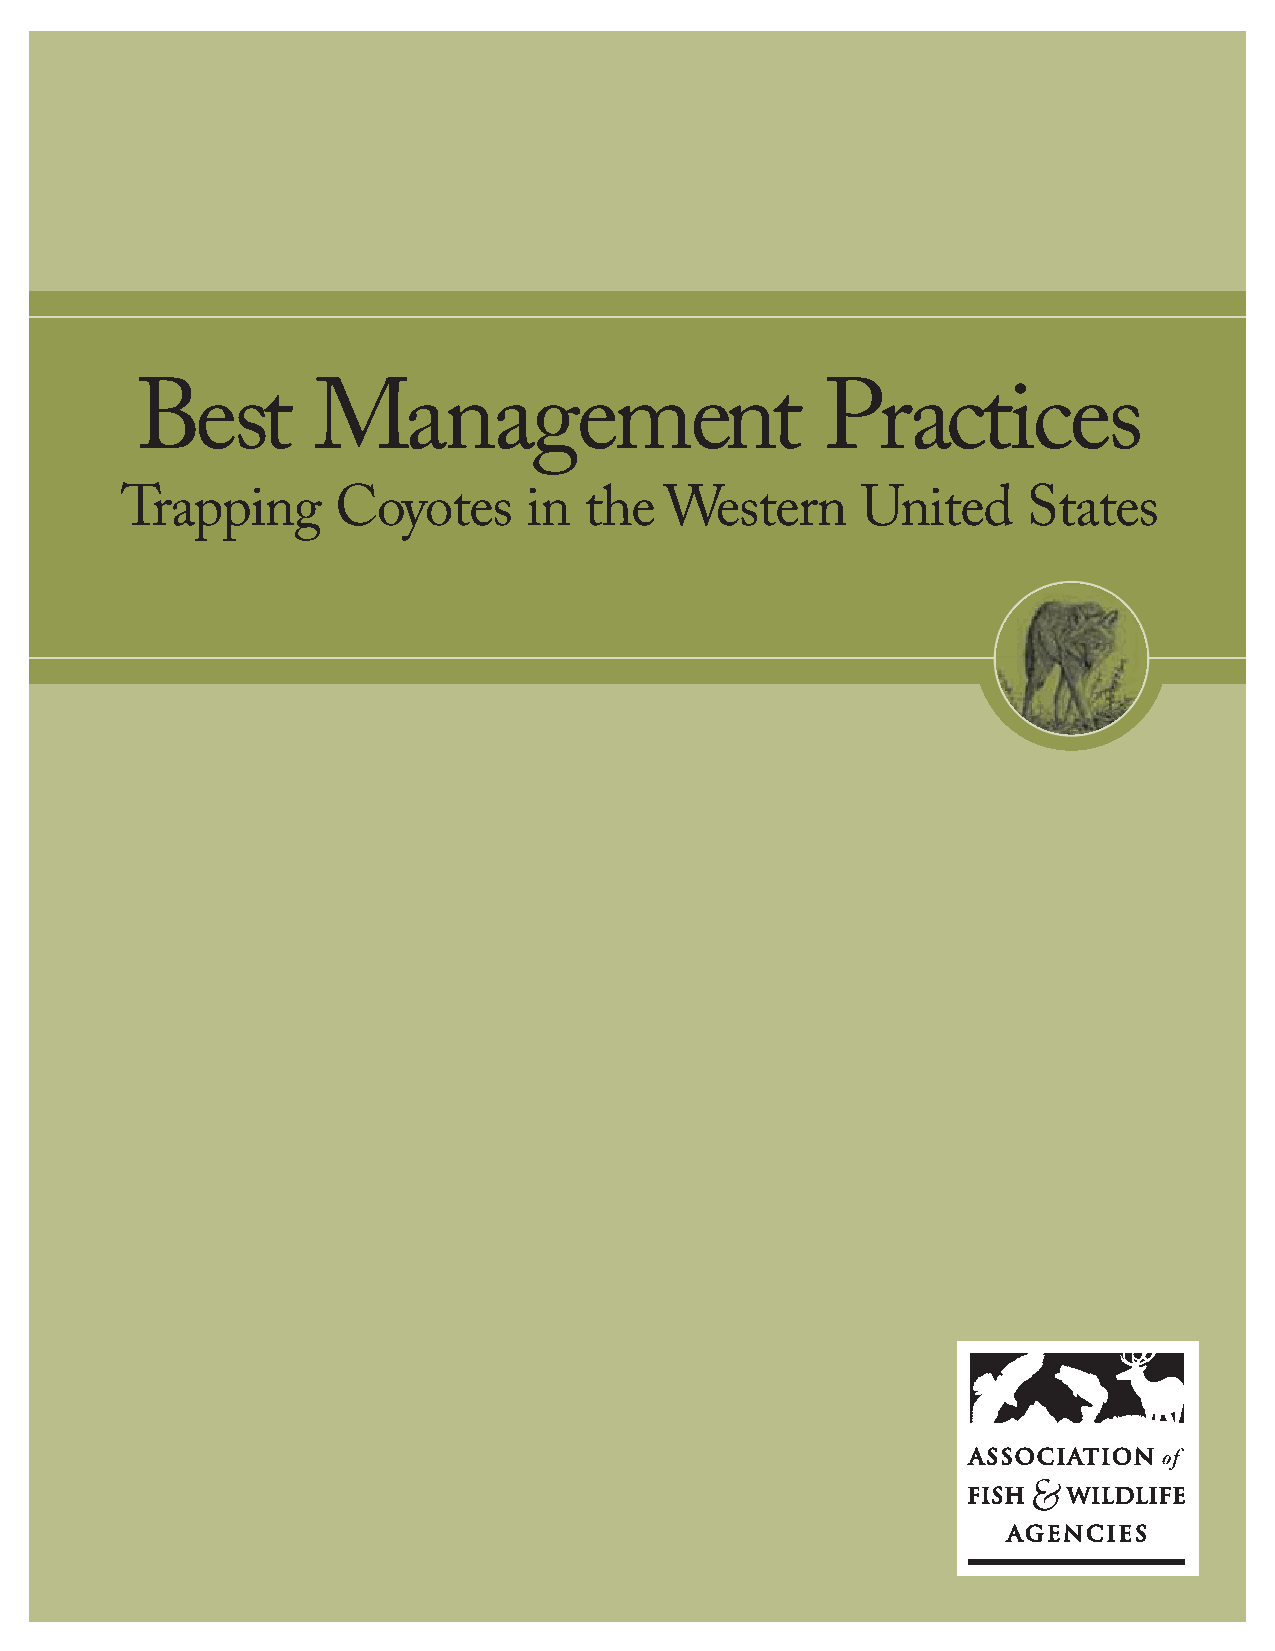
Best        Management                        Practices
 Trapping      Coyotes      in  the  Western      United     States